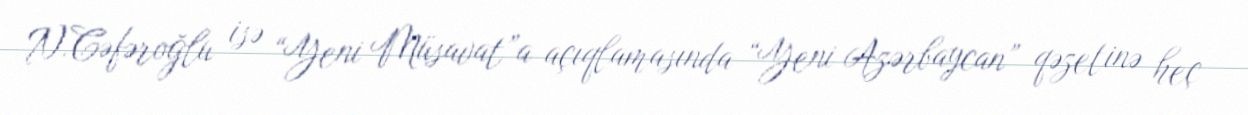
N.Cəfəroğlu isə “Yeni Müsavat”a açıqlamasında “Yeni Azərbaycan” qəzetinə heç